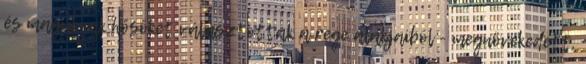
és maguknak hősöket választottak a rege alakjaiból - megnövekedett,